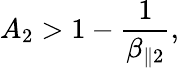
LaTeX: A_{2}>1-\frac{1}{\beta_{\parallel 2}},